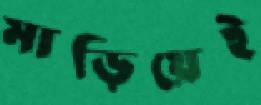
মাড়িয়েই